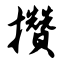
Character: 攒